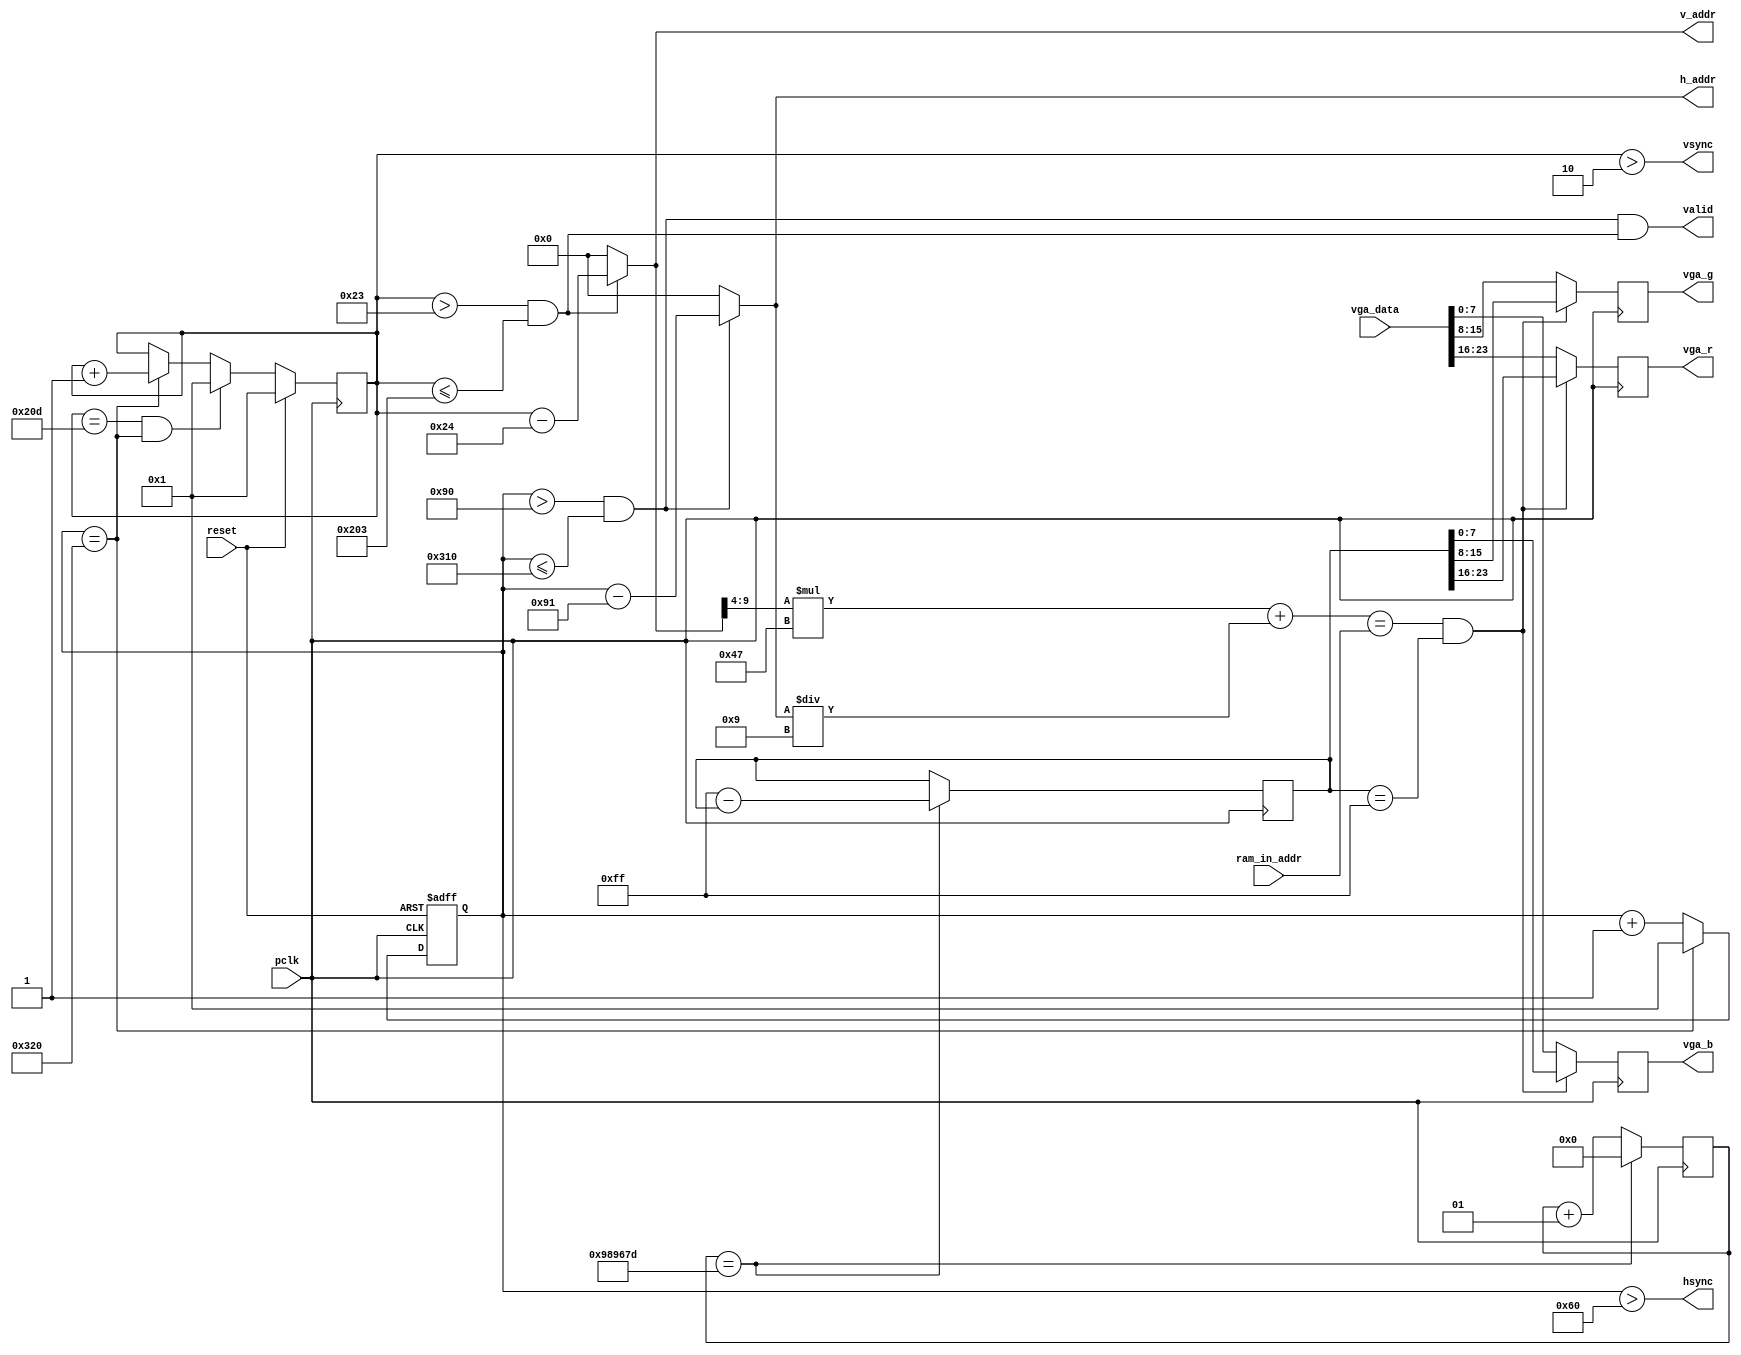
module vga_ctrl(
input [11:0] ram_in_addr,

input pclk, //25MHz时钟
input reset, //置位
input [23:0] vga_data, // 上 层 模 块 提 供 的 VGA颜色数据
output [9:0] h_addr, // 提 供 给 上 层 模 块 的 当 前 扫 描 像 素 点 坐 标
output [9:0] v_addr,
output hsync, // 行 同 步 和 列 同 步 信 号
output vsync,
output valid, //消隐信号
output reg [7:0] vga_r, // 红 绿 蓝 颜 色 信 号
output reg [7:0] vga_g,
output reg [7:0] vga_b
 );



 //640x480 分辨 率 下的 VGA参数设置
 parameter h_frontporch = 96;
 parameter h_active = 144;
 parameter h_backporch = 784;
 parameter h_total = 800;

 parameter v_frontporch = 2;
 parameter v_active = 35;
 parameter v_backporch = 515;
 parameter v_total = 525;
 



 // 像素 计 数值
 reg [9:0] x_cnt;
 reg [9:0] y_cnt;
 wire h_valid;
 wire v_valid;

 always @(posedge reset or posedge pclk) // 行像素计数
 if (reset == 1'b1)
 x_cnt <= 1;
 else
 begin
 if (x_cnt == h_total)
 x_cnt <= 1;
 else
 x_cnt <= x_cnt + 10'd1;
 end

 always @(posedge pclk) // 列像素计数
 if (reset == 1'b1)
 y_cnt <= 1;
 else
 begin
 if (y_cnt == v_total & x_cnt == h_total)
 y_cnt <= 1;
 else if (x_cnt == h_total)
 y_cnt <= y_cnt + 10'd1;
 end
 // 生 成 同 步 信 号
 assign hsync = (x_cnt > h_frontporch);
 assign vsync = (y_cnt > v_frontporch);
 // 生 成 消 隐 信 号
 assign h_valid = (x_cnt > h_active) & (x_cnt <= h_backporch);
 assign v_valid = (y_cnt > v_active) & (y_cnt <= v_backporch);
 assign valid = h_valid & v_valid;
 // 计 算 当 前 有 效 像 素 坐 标
 assign h_addr = h_valid ? (x_cnt - 10'd145) : {10{1'b0}};
 assign v_addr = v_valid ? (y_cnt - 10'd36) : {10{1'b0}};
 // 设 置 输 出 的 颜 色 值
 
integer count=0;
reg [23:0] blink=0;
always @(posedge pclk)
begin
    if(count == 2499999*4+1)
	 begin
	    count<=0;
	    blink=8'hffffffff-blink;
	 end
	 else
	    count<=count+1;


end
 
 
 always @(posedge pclk)
 begin
      if((v_addr >> 4) * 71 + ((h_addr) / 9)==ram_in_addr && blink==8'hffffffff)
        begin
		      vga_r = blink[23:16];
				vga_g = blink[15:8];
				vga_b = blink[7:0];
		  end
      else
		  begin
		      vga_r = vga_data[23:16];
				vga_g = vga_data[15:8];
				vga_b = vga_data[7:0];
		  end
 end


 
 endmodule